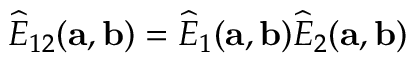
\widehat { E } _ { 1 2 } ( { \bf a } , { \bf b } ) = \widehat { E } _ { 1 } ( { \bf a } , { \bf b } ) \widehat { E } _ { 2 } ( { \bf a } , { \bf b } )